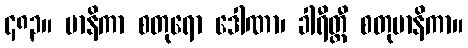
၄၈၃။ မာနိကာ စတုရော ဒေါဏာ၊ ခါရီတ္ထီ စတုမာနိကာ။